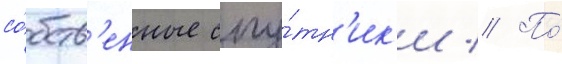
со́бств'енные спу́тн'ик'и // По́